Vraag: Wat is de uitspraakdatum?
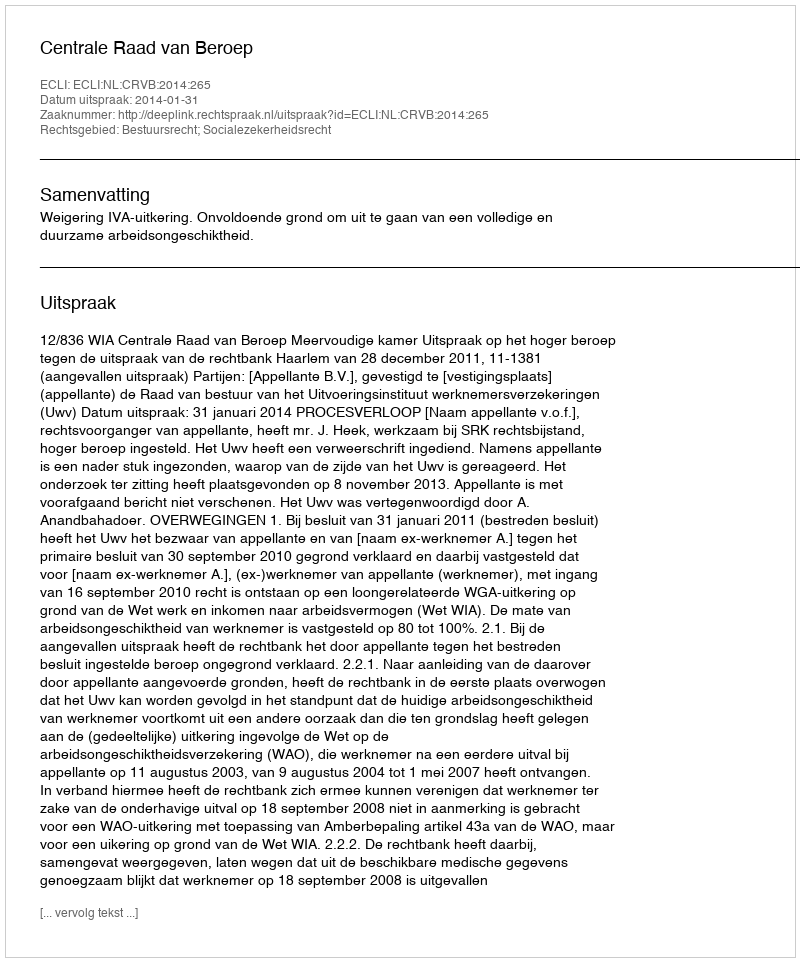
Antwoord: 2014-01-31